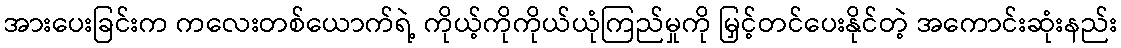
အားပေးခြင်းက ကလေးတစ်ယောက်ရဲ့ ကိုယ့်ကိုကိုယ်ယုံကြည်မှုကို မြှင့်တင်ပေးနိုင်တဲ့ အကောင်းဆုံးနည်း